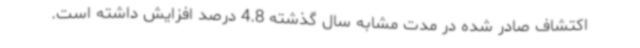
اکتشاف صادر شده در مدت مشابه سال گذشته 4.8 درصد افزایش داشته است.